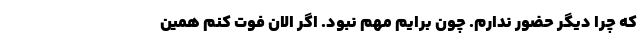
که چرا دیگر حضور ندارم. چون برایم مهم نبود. اگر الان فوت کنم همین